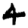
Digit: 4